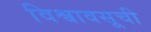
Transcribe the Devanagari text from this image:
विश्वावसूची